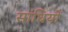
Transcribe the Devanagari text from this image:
सांधियों